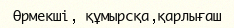
Өрмекші, құмырсқа,қарлығаш